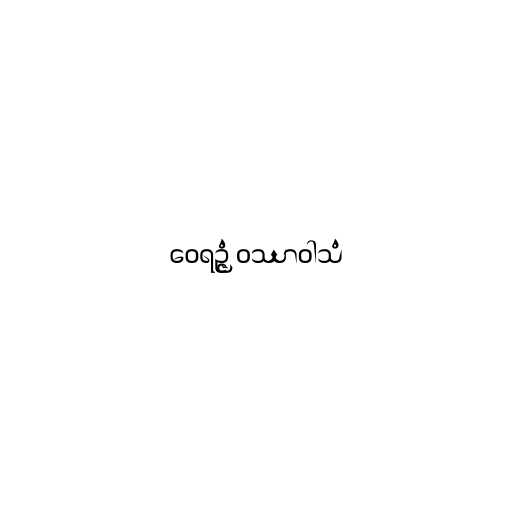
ဝေရဉ္ဇံ ဝဿာဝါသံ